Black-water fever - Number 35
Disease focus: Fever
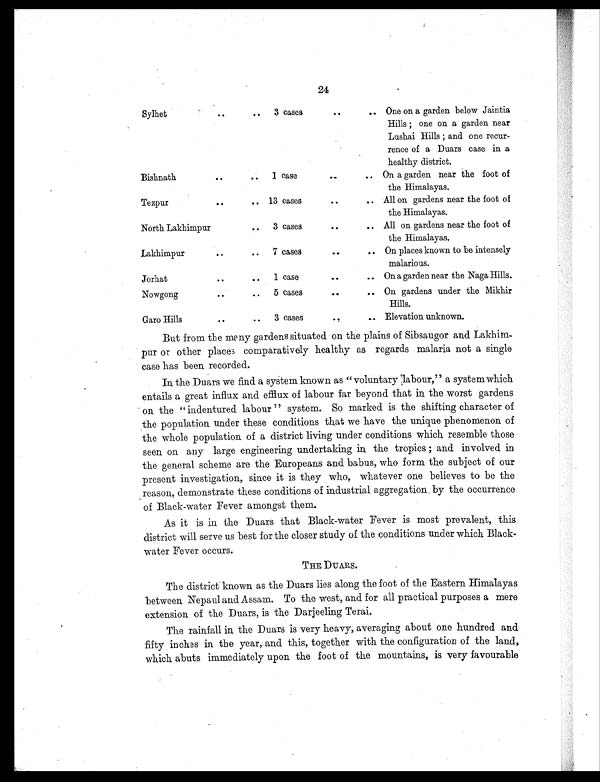
24
Sylhet
. .
.. 3 cases
. . .. One on a garden below Jaintia
Hills ; one on a garden near
Lushai Hills ; and one recur-
rence of a Duars case in a
healthy district.
Bishnath
..
.. 1 case
. .
.. On a garden near the foot of
the Himalayas.
Tezpur
. .
.. 13 cases
. . .. All on gardens near the foot of
the Himalayas.
North Lakhimpur
.. 3 cases
..
.. All on gardens near the foot of
the Himalayas.
Lakhimpur
..
.. 7 cases
. . .. On places known to be intensely
malarious.
Jorhat
..
.. 1 case
...
.. On a garden near the Naga Hills.
Nowgong
..
.. 5 cases
..
.. On gardens under the Mikhir
Hills.
Garo Hill
. . . . 3 cases
. .
. . Elevation unknown.
But from the many gardens situated on the plains of Sibsaugor and Lakhim
- p u r o r o t h e r p l a c e c o m p a r a t i v e l y h e a l t h y a s r e g a r d s m a l a r i a n o t a s i n g l e
case has been recorded.
In the Duars we find a system known as " voluntary labour," a system which
entails a great influx and efflux of labour far beyond that in the worst gardens
on the " indentured labour " system. So marked is the shifting character of
the population under these conditions that we have the unique phenomenon of
the whole population of a district living under conditions which resemble those
seen on any large engineering undertaking in the tropics and involved in
the general scheme are the Europeans and babus, who form the subject of our
present investigation, since it is they who, whatever one believes to be the
reason, demonstrate these conditions of industrial aggregation by the occurrence
of Black-water Fever amongst them.
As it is in the Duars that Black-water Fever is most prevalent, this
district will serve us best for the closer study of the conditions under which Black-
water Fever occurs.
THE DUARS.
The district known as the Duars lies along the foot of the Eastern Himalayas
between Nepaul and Assam. To the west, and for all practical purposes a mere
extension of the Duars, is the Darjeeling Terai.
The rainfall in the Duars is very heavy, averaging about one hundred and
f i f t y i n c h e s i n t h e y e a r , a n d t h i s , t o g e t h e r w i t h t h e c o n f i g u r a t i o n o f t h e l a n d ,
which abuts immediately upon the foot of the mountains, is very favourable